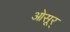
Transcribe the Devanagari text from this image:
ओसूर्